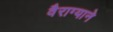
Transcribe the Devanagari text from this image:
वैराग्याने